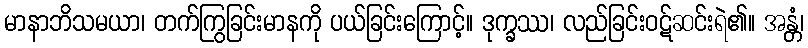
မာနာဘိသမယာ၊ တက်ကြွခြင်းမာနကို ပယ်ခြင်းကြောင့်။ ဒုက္ခဿ၊ လည်ခြင်းဝဋ်ဆင်းရဲ၏။ အန္တံ၊